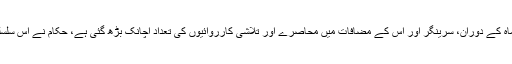
ساؤتھ ایشین وائر کے مطابق گزشتہ کچھ ماہ کے دوران، سرینگر اور اس کے مضافات میں محاصرے اور تلاشی کارروائیوں کی تعداد اچانک بڑھ گئی ہے، حکام نے اس سلسلے میں کچھ لوگوں کو حراست میں لیا ہے۔